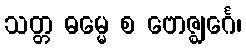
သတ္တ ဓမ္မေ စ ဗောဇ္ဈင်္ဂေ၊